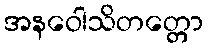
အနဝေါသိတတ္တော